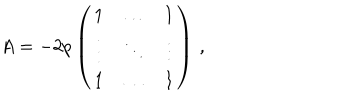
A = - 2 p \left( \begin{array} { c c c } { { 1 } } & { { \ldots } } & { { 1 } } \\ { { \vdots } } & { { \ddots } } & { { \vdots } } \\ { { 1 } } & { { \ldots } } & { { 1 } } \\ \end{array} \right) \, ,